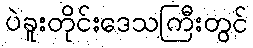
ပဲခူးတိုင်းဒေသကြီးတွင်